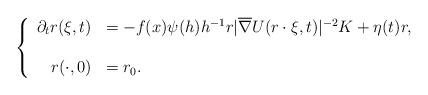
LaTeX: \begin{align*}\left\{\begin{array}{rl}\partial_tr(\xi,t)&=-f(x){\psi}(h)h^{-1}r|\overline{\nabla} U(r\cdot\xi,t)|^{-2} K+\eta(t)r ,\\\\r(\cdot,0)&=r_0.\end{array}\right.\end{align*}